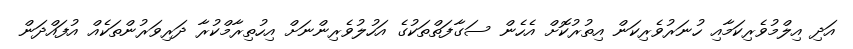
އަދި އިލްމުވެރިކަމާއި ހުނަރުވެރިކަން އިތުރުކޮށް އެހެން ސަގާފަތްތަކުގެ އަހުލުވެރިންނަށް އިހުތިރާމްކުރާ ދަރިވަރުންތަކެއް އުފައްދަން